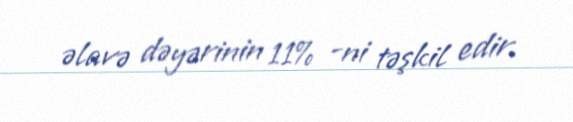
əlavə dəyərinin 11% -ni təşkil edir.